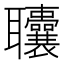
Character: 𫆓